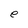
Character: e